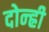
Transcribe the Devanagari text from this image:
दोन्ह्री